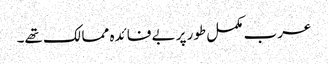
عرب مکمل طور پر بے فائدہ ممالک تھے۔